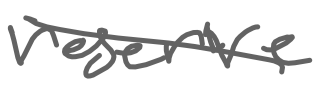
Text: reserve
Cross-out: diagonal
Writing tool: digital_gray